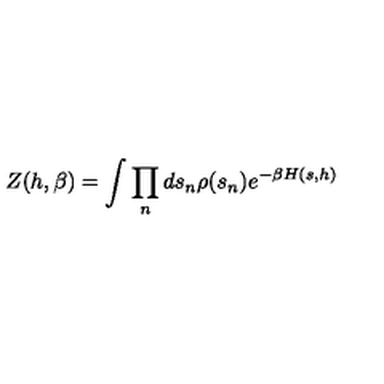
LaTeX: Z ( h , \beta ) = \int \prod _ { n } d s _ { n } \rho ( s _ { n } ) e ^ { - \beta H ( s , h ) }